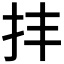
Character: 𢪋